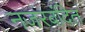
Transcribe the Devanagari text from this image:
नजरबंदित